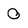
Character: 0